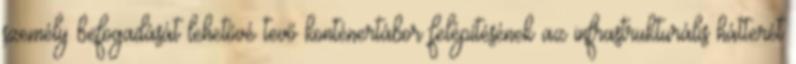
személy befogadását lehetővé tevő konténertábor felépítésének az infrastrukturális hátterét